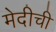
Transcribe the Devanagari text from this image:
मेदीची